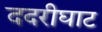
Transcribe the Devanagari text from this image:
ददरीघाट